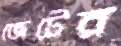
জেটের